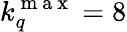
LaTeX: k_{q}^{\mathrm{~m~a~x~}}=8